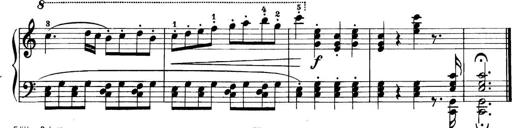
Title: 11 Sonatinas
Composer: Anton Diabelli